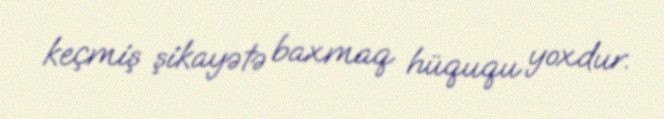
keçmiş şikayətə baxmaq hüququ yoxdur.